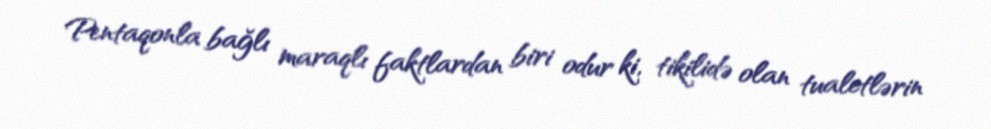
Pentaqonla bağlı maraqlı faktlardan biri odur ki, tikilidə olan tualetlərin